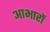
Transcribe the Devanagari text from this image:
आभारों